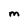
Character: M